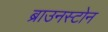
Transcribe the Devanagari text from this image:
ब्राउनस्टोन